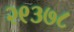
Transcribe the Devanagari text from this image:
२९३७८